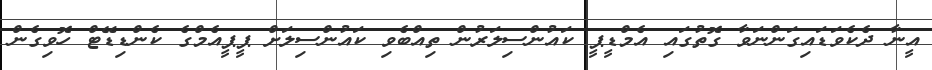
އީނާ ދެކެވަޑައިގަންނަވާ ގޮތުގައި އެމްޑީޕީ ކައުންސިލަރުން ތިއްބެވި ކައުންސިލަށް ޕީޕީއެމްގެ ކެންޑިޑޭޓް ހޮވިގެން